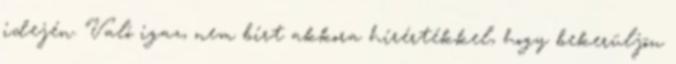
idején. Való igaz, nem bírt akkora hírértékkel, hogy bekerüljön